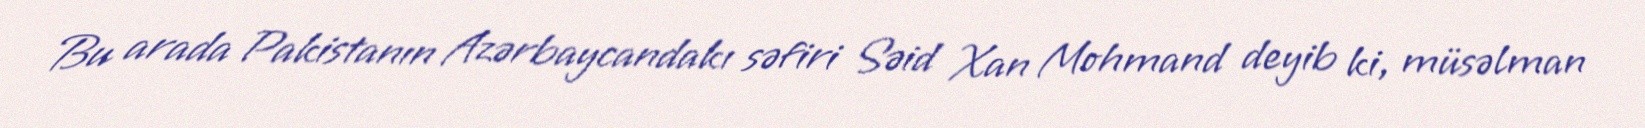
Bu arada Pakistanın Azərbaycandakı səfiri Səid Xan Mohmand deyib ki, müsəlman